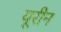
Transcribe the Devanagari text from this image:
यूरीन